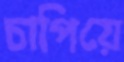
চাপিয়ে